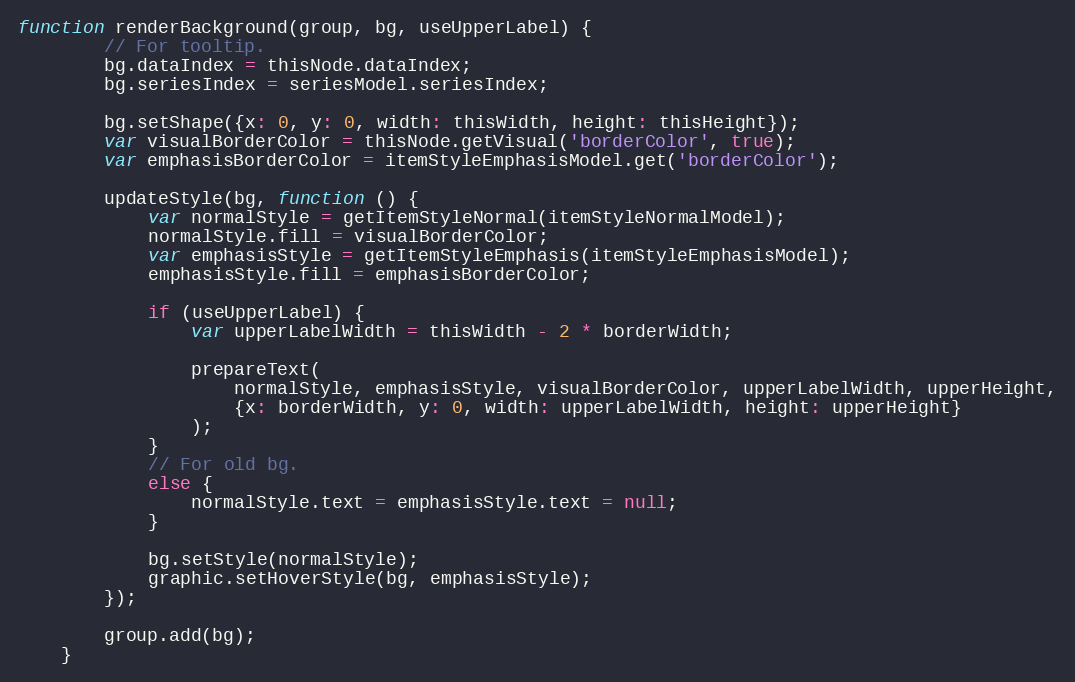
Language: JavaScript
function renderBackground(group, bg, useUpperLabel) {
        // For tooltip.
        bg.dataIndex = thisNode.dataIndex;
        bg.seriesIndex = seriesModel.seriesIndex;

        bg.setShape({x: 0, y: 0, width: thisWidth, height: thisHeight});
        var visualBorderColor = thisNode.getVisual('borderColor', true);
        var emphasisBorderColor = itemStyleEmphasisModel.get('borderColor');

        updateStyle(bg, function () {
            var normalStyle = getItemStyleNormal(itemStyleNormalModel);
            normalStyle.fill = visualBorderColor;
            var emphasisStyle = getItemStyleEmphasis(itemStyleEmphasisModel);
            emphasisStyle.fill = emphasisBorderColor;

            if (useUpperLabel) {
                var upperLabelWidth = thisWidth - 2 * borderWidth;

                prepareText(
                    normalStyle, emphasisStyle, visualBorderColor, upperLabelWidth, upperHeight,
                    {x: borderWidth, y: 0, width: upperLabelWidth, height: upperHeight}
                );
            }
            // For old bg.
            else {
                normalStyle.text = emphasisStyle.text = null;
            }

            bg.setStyle(normalStyle);
            graphic.setHoverStyle(bg, emphasisStyle);
        });

        group.add(bg);
    }